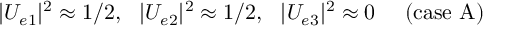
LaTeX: | U _ { e 1 } | ^ { 2 } \approx 1 / 2 , \ \ | U _ { e 2 } | ^ { 2 } \approx 1 / 2 , \ \ | U _ { e 3 } | ^ { 2 } \approx 0 \ \ \ \ ( \mathrm { c a s e \ A } )